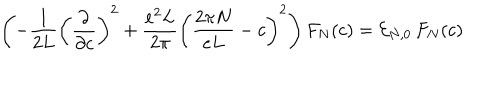
\left( - \frac { 1 } { 2 L } \left( \frac { \partial } { \partial c } \right) ^ { 2 } + \frac { e ^ { 2 } L } { 2 \pi } \left( \frac { 2 \pi N } { e L } - c \right) ^ { 2 } \right) F _ { N } ( c ) = { \cal E } _ { N , 0 } \, F _ { N } ( c )